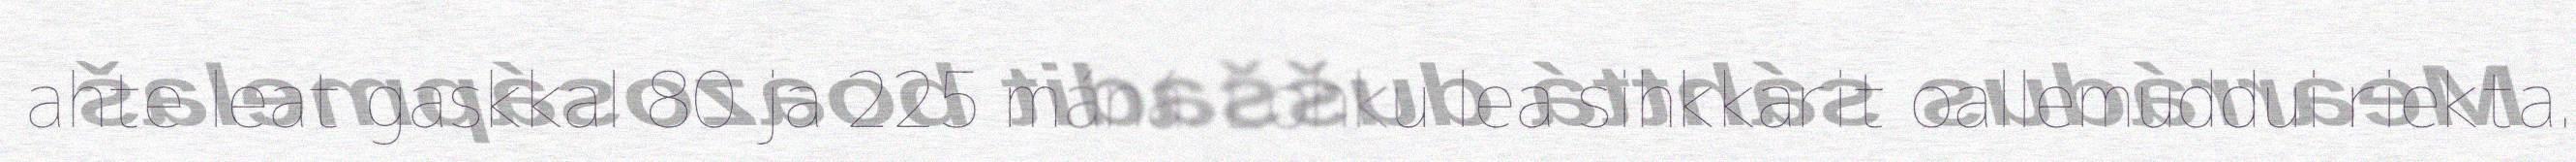
ahte leat gaskkal 80 ja 225 máná. Lohku lea sihkkarit oallemuddui riekta.